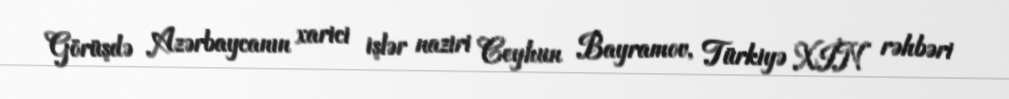
Görüşdə Azərbaycanın xarici işlər naziri Ceyhun Bayramov, Türkiyə XİN rəhbəri